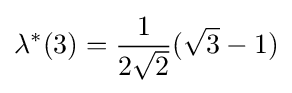
\lambda ^{*}(3)={\frac {1}{2{\sqrt {2}}}}({\sqrt {3}}-1)